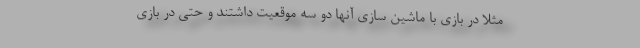
مثلا در بازی با ماشین سازی آنها دو سه موقعیت داشتند و حتی در بازی